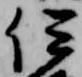
伊